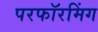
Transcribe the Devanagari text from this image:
परफॉरमिंग